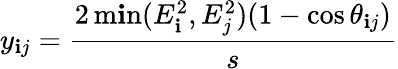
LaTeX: y_{\mathbf{i}j}={\frac{{2\operatorname*{m\mathbf{i}n}(E_{\mathbf{i}}^{2},E_{j}^{2})(1-\cos\theta_{\mathbf{i}j})}}{{s}}}